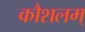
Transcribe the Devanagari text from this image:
कौशलम्‌